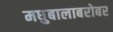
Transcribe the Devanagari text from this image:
मधुबालाबरोबर